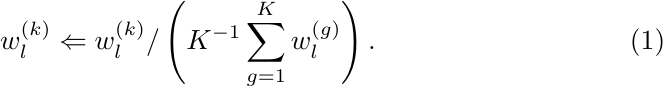
\begin{equation}
{w}^{(k)}_l \Leftarrow {w^{(k)}_l}/\left(K^{-1} \sum_{g=1}^K w^{(g)}_l\right). \label{eq:wn}
\end{equation}